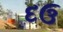
દઉ